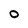
Character: O